Civil Veterinary Department. United Provinces 1912-22 - 1912-1922
Year: 1912
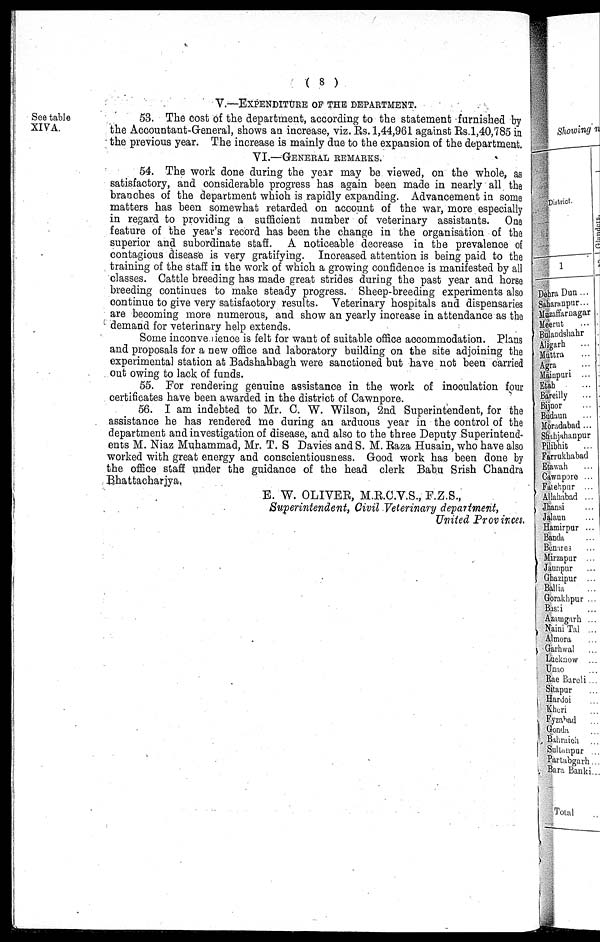
( 8 )
V.—EXPENDITURE OF THE DEPARTMENT.
See table
XIVA.
53. The cost of the department, according to the statement furnished by
the Accountant-General, shows an increase, viz. Rs. 1,44,961 against Rs. 1,40,785 in
the previous year. The increase is mainly due to the expansion of the department.
VI.—GENERAL REMARKS.
54. The work done during the year may be viewed, on the whole, as
satisfactory, and considerable progress has again been made in nearly all the
branches of the department which is rapidly expanding. Advancement in some
matters has been somewhat retarded on account of the war, more especially
in regard to providing a sufficient number of veterinary assistants. One
feature of the year's record has been the change in the organisation of the
superior and subordinate staff. A noticeable decrease in the prevalence of
contagious disease is very gratifying. Increased attention is being paid to the
training of the staff in the work of which a growing confidence is manifested by all
classes. Cattle breeding has made great strides during the past year and horse
breeding continues to make steady progress. Sheep-breeding experiments also
continue to give very satisfactory results. Veterinary hospitals and dispensaries
are becoming more numerous, and show an yearly increase in attendance as the
demand for veterinary help extends.
Some inconvenience is felt for want of suitable office accommodation. Plans
and proposals for a new office and laboratory building on the site adjoining the
experimental station at Badshahbagh were sanctioned but have not been carried
out owing to lack of funds.
55. For rendering genuine assistance in the work of inoculation four
certificates have been awarded in the district of Cawnpore.
56. I am indebted to Mr. C. W. Wilson, 2nd Superintendent, for the
assistance he has rendered me during an arduous year in the control of the
department and investigation of disease, and also to the three Deputy Superintend-
ents M. Niaz Muhammad, Mr. T. S Davies and S. M. Raza Husain, who have also
worked with great energy and conscientiousness. Good work has been done by
the office staff under the guidance of the head clerk Babu Srish Chandra
Bhattacharjya.
E. W. OLIVER, M.R.C.V.S., F.Z.S.,
Superintendent, Civil Veterinary department,
United Provinces.